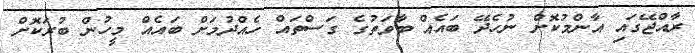
ރާއްޖޭގައި އާންމުކޮށް ނުހެދޭ ބައެއް ބާވަތުގެ ގަސްތައް ހެއްދުމަށް ބައެއް މީހުން ބުރަކޮށް